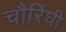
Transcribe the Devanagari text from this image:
चौरिंघी